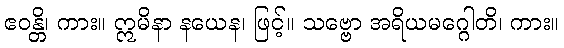
ဧဝန္တိ၊ ကား။ ဣမိနာ နယေန၊ ဖြင့်။ သဗ္ဗော အရိယမဂ္ဂေါတိ၊ ကား။